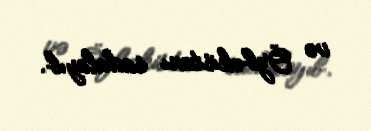
və Özbəkistanı sadalayıb.